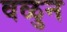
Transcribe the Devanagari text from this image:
वळुन